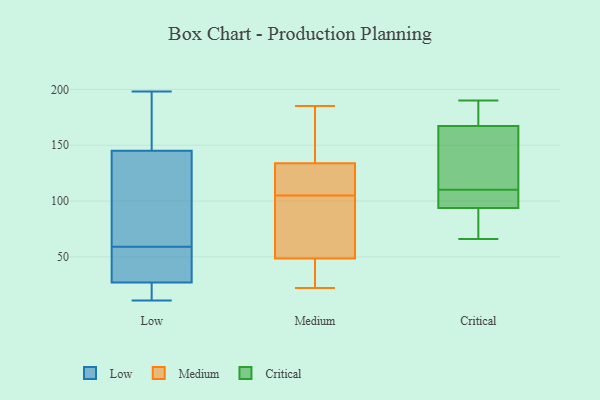
{"axis": {"x": "Operating Costs (USD K)", "y": "Value"}, "legend": ["Critical", "Low", "Medium"], "data": [{"x": "", "y": 12, "type": "Low"}, {"x": "", "y": 89, "type": "Low"}, {"x": "", "y": 183, "type": "Low"}, {"x": "", "y": 53, "type": "Low"}, {"x": "", "y": 12, "type": "Low"}, {"x": "", "y": 36, "type": "Low"}, {"x": "", "y": 30, "type": "Low"}, {"x": "", "y": 198, "type": "Low"}, {"x": "", "y": 37, "type": "Low"}, {"x": "", "y": 43, "type": "Low"}, {"x": "", "y": 74, "type": "Low"}, {"x": "", "y": 11, "type": "Low"}, {"x": "", "y": 143, "type": "Low"}, {"x": "", "y": 147, "type": "Low"}, {"x": "", "y": 193, "type": "Low"}, {"x": "", "y": 24, "type": "Low"}, {"x": "", "y": 18, "type": "Low"}, {"x": "", "y": 161, "type": "Low"}, {"x": "", "y": 65, "type": "Low"}, {"x": "", "y": 65, "type": "Low"}, {"x": "", "y": 96, "type": "Medium"}, {"x": "", "y": 133, "type": "Medium"}, {"x": "", "y": 51, "type": "Medium"}, {"x": "", "y": 27, "type": "Medium"}, {"x": "", "y": 185, "type": "Medium"}, {"x": "", "y": 136, "type": "Medium"}, {"x": "", "y": 122, "type": "Medium"}, {"x": "", "y": 41, "type": "Medium"}, {"x": "", "y": 105, "type": "Medium"}, {"x": "", "y": 53, "type": "Medium"}, {"x": "", "y": 106, "type": "Medium"}, {"x": "", "y": 157, "type": "Medium"}, {"x": "", "y": 22, "type": "Medium"}, {"x": "", "y": 136, "type": "Critical"}, {"x": "", "y": 173, "type": "Critical"}, {"x": "", "y": 110, "type": "Critical"}, {"x": "", "y": 104, "type": "Critical"}, {"x": "", "y": 100, "type": "Critical"}, {"x": "", "y": 125, "type": "Critical"}, {"x": "", "y": 66, "type": "Critical"}, {"x": "", "y": 168, "type": "Critical"}, {"x": "", "y": 167, "type": "Critical"}, {"x": "", "y": 90, "type": "Critical"}, {"x": "", "y": 85, "type": "Critical"}, {"x": "", "y": 95, "type": "Critical"}, {"x": "", "y": 190, "type": "Critical"}]}